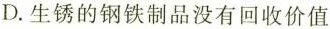
D.生锈的钢铁制品没有回收价值